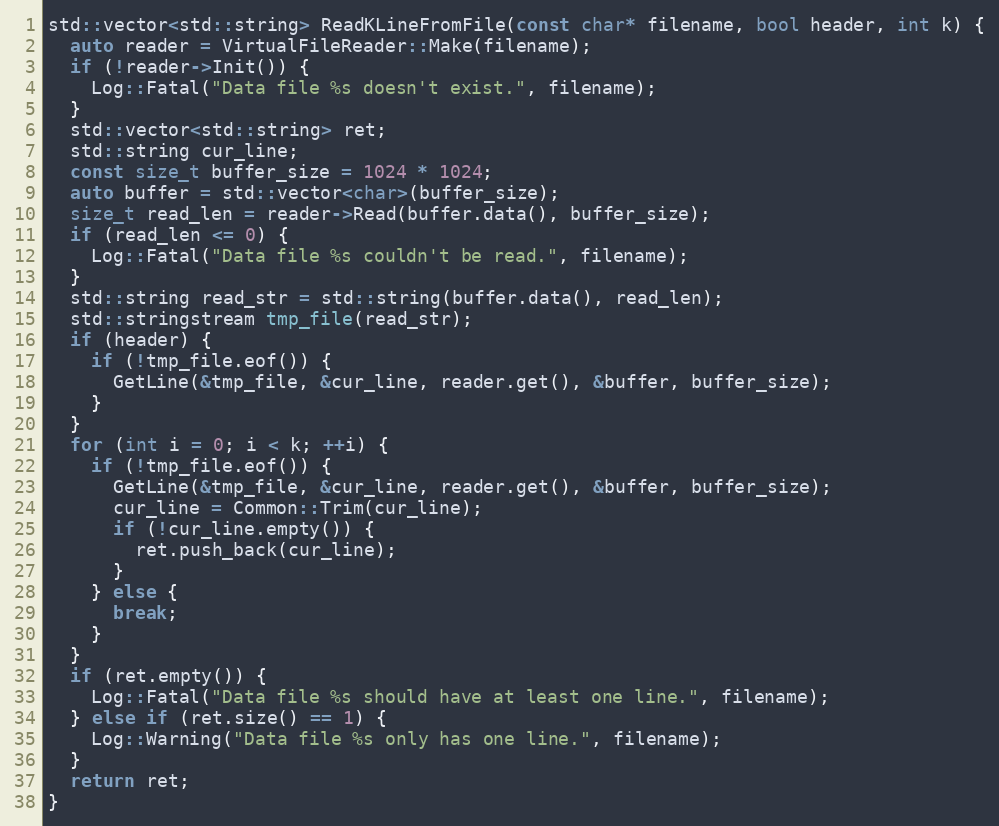
Language: C++
std::vector<std::string> ReadKLineFromFile(const char* filename, bool header, int k) {
  auto reader = VirtualFileReader::Make(filename);
  if (!reader->Init()) {
    Log::Fatal("Data file %s doesn't exist.", filename);
  }
  std::vector<std::string> ret;
  std::string cur_line;
  const size_t buffer_size = 1024 * 1024;
  auto buffer = std::vector<char>(buffer_size);
  size_t read_len = reader->Read(buffer.data(), buffer_size);
  if (read_len <= 0) {
    Log::Fatal("Data file %s couldn't be read.", filename);
  }
  std::string read_str = std::string(buffer.data(), read_len);
  std::stringstream tmp_file(read_str);
  if (header) {
    if (!tmp_file.eof()) {
      GetLine(&tmp_file, &cur_line, reader.get(), &buffer, buffer_size);
    }
  }
  for (int i = 0; i < k; ++i) {
    if (!tmp_file.eof()) {
      GetLine(&tmp_file, &cur_line, reader.get(), &buffer, buffer_size);
      cur_line = Common::Trim(cur_line);
      if (!cur_line.empty()) {
        ret.push_back(cur_line);
      }
    } else {
      break;
    }
  }
  if (ret.empty()) {
    Log::Fatal("Data file %s should have at least one line.", filename);
  } else if (ret.size() == 1) {
    Log::Warning("Data file %s only has one line.", filename);
  }
  return ret;
}